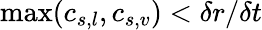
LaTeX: \operatorname*{max}(c_{s,l},c_{s,v})<\delta r/\delta t